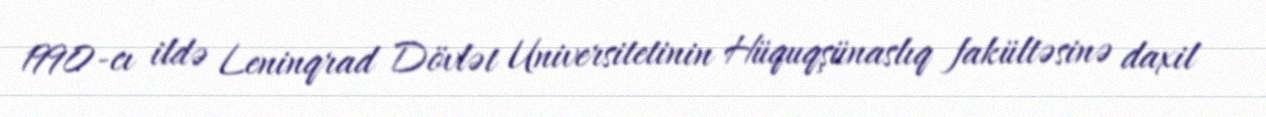
1990-cı ildə Leninqrad Dövlət Universitetinin Hüquqşünaslıq fakültəsinə daxil